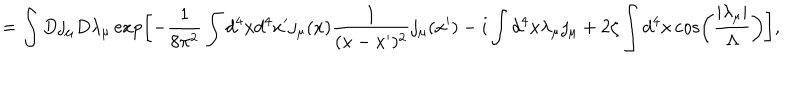
= \int D j _ { \mu } D \lambda _ { \mu } \exp \left[ - \frac { 1 } { 8 \pi ^ { 2 } } \int d ^ { 4 } x d ^ { 4 } x ^ { \prime } j _ { \mu } ( x ) \frac { 1 } { ( x - x ^ { \prime } ) ^ { 2 } } j _ { \mu } ( x ^ { \prime } ) - i \int d ^ { 4 } x \lambda _ { \mu } j _ { \mu } + 2 \zeta \int d ^ { 4 } x \cos \left( \frac { \left| \lambda _ { \mu } \right| } { \Lambda } \right) \right] ,